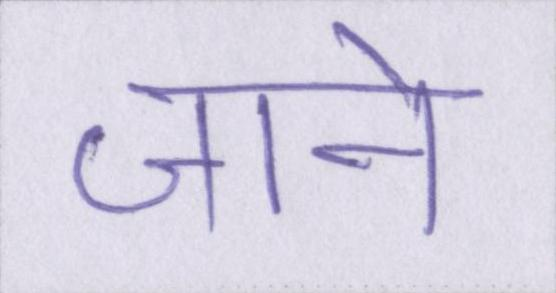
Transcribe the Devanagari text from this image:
जाने